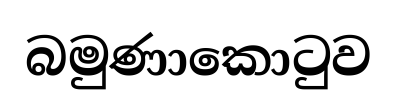
බමුණාකොටුව